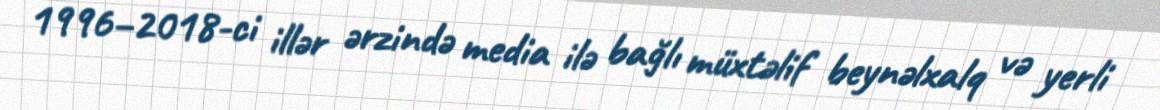
1996–2018-ci illər ərzində media ilə bağlı müxtəlif beynəlxalq və yerli